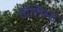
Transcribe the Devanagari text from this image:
होलिरूड